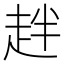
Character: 𧺾